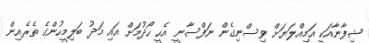
ޝިފާނާއަކީ އަމިއްލަޔަށް ވިސްނިގެން ނަފްސާނީ އެހީ ހޯދުމަށް އައި މަދު ބަލިމީހުންގެ ތެރެއިން